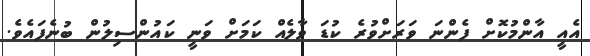
އެއީ އާންމުކޮށް ފެންނަ ވަރަށްވުރެ ކުޑަ ވާލެއް ކަމަށް ވަނީ ކައުންސިލުން ބުނެފައެވެ.